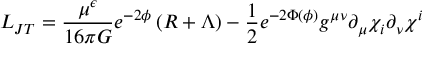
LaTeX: L _ { J T } = \frac { \mu ^ { \epsilon } } { 1 6 \pi G } e ^ { - 2 \phi } \left( R + \Lambda \right) - { \frac { 1 } { 2 } } e ^ { - 2 \Phi ( \phi ) } g ^ { \mu \nu } \partial _ { \mu } \chi _ { i } \partial _ { \nu } \chi ^ { i }